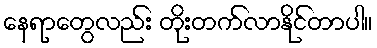
နေရာတွေလည်း တိုးတက်လာနိုင်တာပါ။